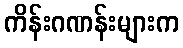
ကိန်းဂဏန်းများက